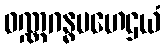
ဝဏ္ဏဂန္ဓမဟေဌယံ